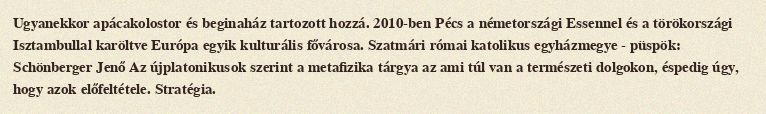
Ugyanekkor apácakolostor és beginaház tartozott hozzá. 2010-ben Pécs a németországi Essennel és a törökországi Isztambullal karöltve Európa egyik kulturális fővárosa. Szatmári római katolikus egyházmegye - püspök: Schönberger Jenő Az újplatonikusok szerint a metafizika tárgya az ami túl van a természeti dolgokon, éspedig úgy, hogy azok előfeltétele. Stratégia.